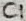
Text: C1